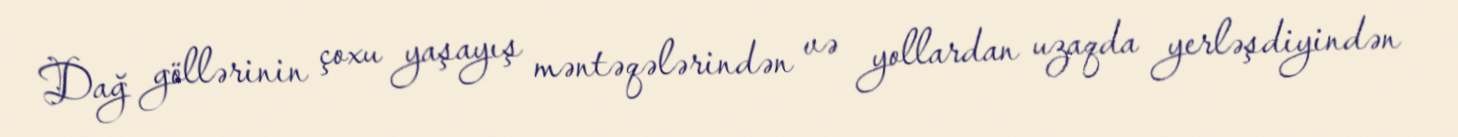
Dağ göllərinin çoxu yaşayış məntəqələrindən və yollardan uzaqda yerləşdiyindən